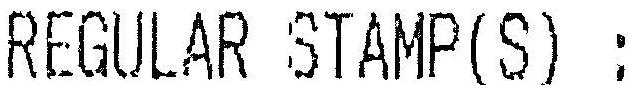
REGULAR STAMP(S) :